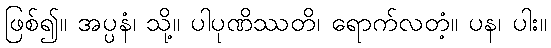
ဖြစ်၍။ အပ္ပနံ၊ သို့။ ပါပုဏိဿတိ၊ ရောက်လတံ့။ ပန၊ ပါး။